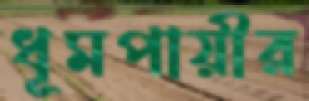
ধূমপায়ীর